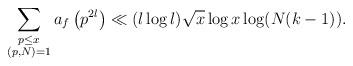
LaTeX: \begin{align*} \sum_{\substack{p \leq x \\ (p,N) = 1}} a_f\left(p^{2l}\right) \ll (l \log l) \sqrt{x}\log x \log (N(k-1)).\end{align*}